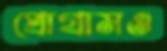
প্রোগ্রামও